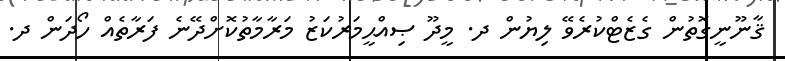
ޤާނޫނީގޮތުން ގެޒެޓްކުރެވޭ ލިޔުން ދ. މީދޫ ޞިއްޙީމަރުކަޒު މަރާމާތުކޮށްދޭނެ ފަރާތެއް ހޯދަން ދ.